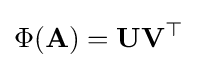
\Phi (\mathbf {A} )=\mathbf {U} \mathbf {V} ^{\top }